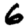
Digit: 6